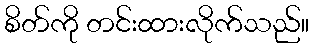
စိတ်ကို တင်းထားလိုက်သည်။